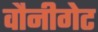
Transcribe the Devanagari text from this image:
वौनीगेट